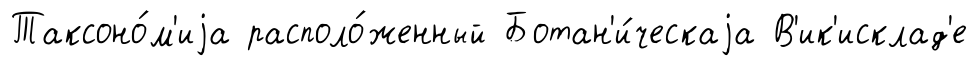
Таксоно́м'иjа располо́женный Ботан'и́ческаjа В'ик'исклад'е